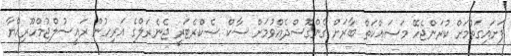
ފަށައިގަތުމަށް ކުރަންޖެހޭ މަސައްކަތް ބާރަށް ގެންގޮސްދެއްވުމަށް ސާކް ސެކްރެޓަރީ ޖެނެރަލްގެ އަރިހުން ރައީސުލްޖުމްހޫރިއްޔާ